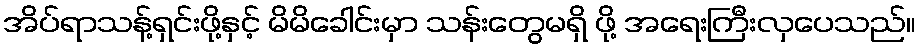
အိပ်ရာသန့်ရှင်းဖို့နှင့် မိမိခေါင်းမှာ သန်းတွေမရှိ ဖို့ အရေးကြီးလှပေသည်။